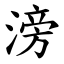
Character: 滂